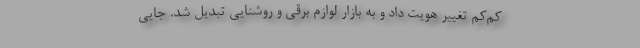
کم‌کم تغییر هویت داد و به بازار لوازم برقی و روشنایی تبدیل شد. جایی